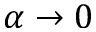
\alpha \to 0